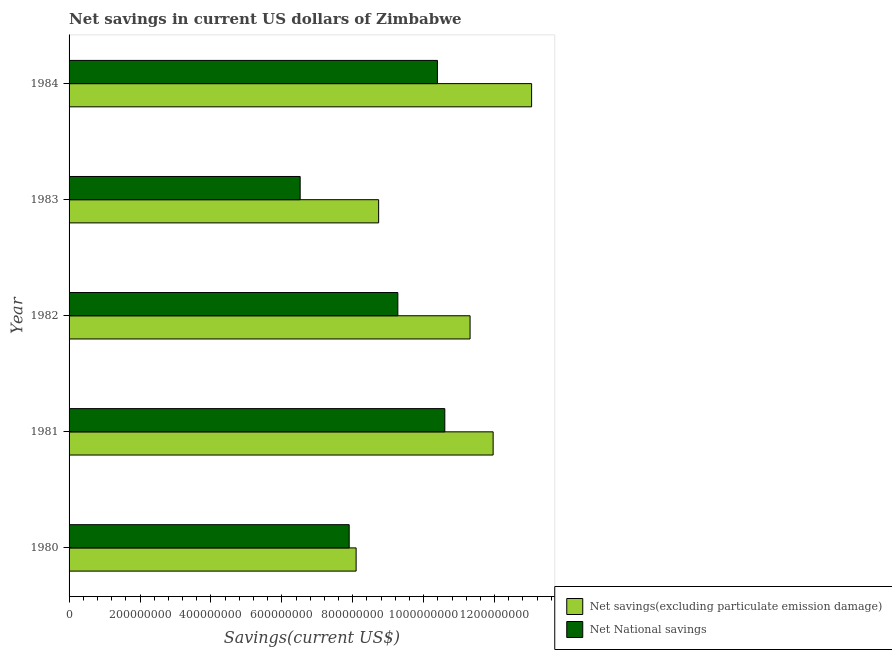
| Year | Net savings(excluding particulate emission damage) | Net National savings |
 | --- | --- | --- |
 | 1980 | 8.09e+08 | 7.9e+08 |
 | 1981 | 1.2e+09 | 1.06e+09 |
 | 1982 | 1.13e+09 | 9.27e+08 |
 | 1983 | 8.73e+08 | 6.52e+08 |
 | 1984 | 1.3e+09 | 1.04e+09 |